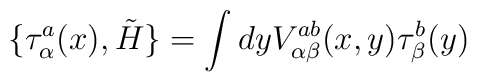
\{ \tau_\alpha^a(x), \tilde H\}  =  \int dyV^{ab}_{\alpha\beta}(x,y)\tau_\beta^b(y)